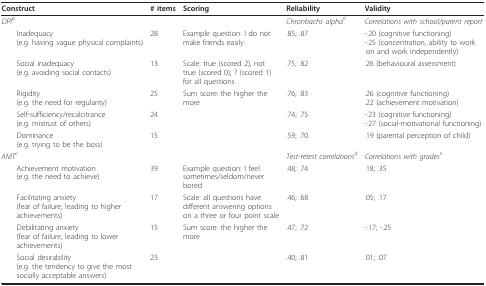
| Construct | # items | Scoring | Reliability | Validity |
 | --- | --- | --- | --- | --- |
 | DPIa |  |  | Chronbachs alphab | Correlations with school/parent report |
 | Inadequacy(e.g. having vague physical complaints) | 28 | Example question: I do notmake friends easily | .85; .87 | -.20 (cognitive functioning)-.25 (concentration, ability to work on and work independently) |
 | Social inadequacy(e.g. avoiding social contacts) | 13 | Scale: true (scored 2), nottrue (scored 0), ? (scored 1)for all questions | .75; .82 | .26 (behavioural assessment) |
 | Rigidity(e.g. the need for regularity) | 25 | Sum score: the higher themore | .76; .83 | .26 (cognitive functioning).22 (achievement motivation) |
 | Self-sufficiency/recalcitrance(e.g. mistrust of others) | 24 |  | .74; .75 | -.23 (cognitive functioning)-.27 (social-motivational functioning) |
 | Dominance(e.g. trying to be the boss) | 15 |  | .59; .70 | .19 (parental perception of child) |
 | AMTc |  |  | Test-retest correlationsd | Correlations with gradese |
 | Achievement motivation(e.g. the need to achieve) | 39 | Example question: I feel sometimes/seldom/neverbored | .48; .74 | .18; .35 |
 | Facilitating anxiety(fear of failure, leading to higherachievements) | 17 | Scale: all questions have different answering optionson a three or four point scale | .46; .68 | .05; .17 |
 | Debilitating anxiety(fear of failure, leading to lowerachievements) | 15 | Sum score: the higher themore | .47; .72 | -.17; -.25 |
 | Social desirability(e.g. the tendency to give the mostsocially acceptable answers) | 23 |  | .40; .81 | .01; .07 |